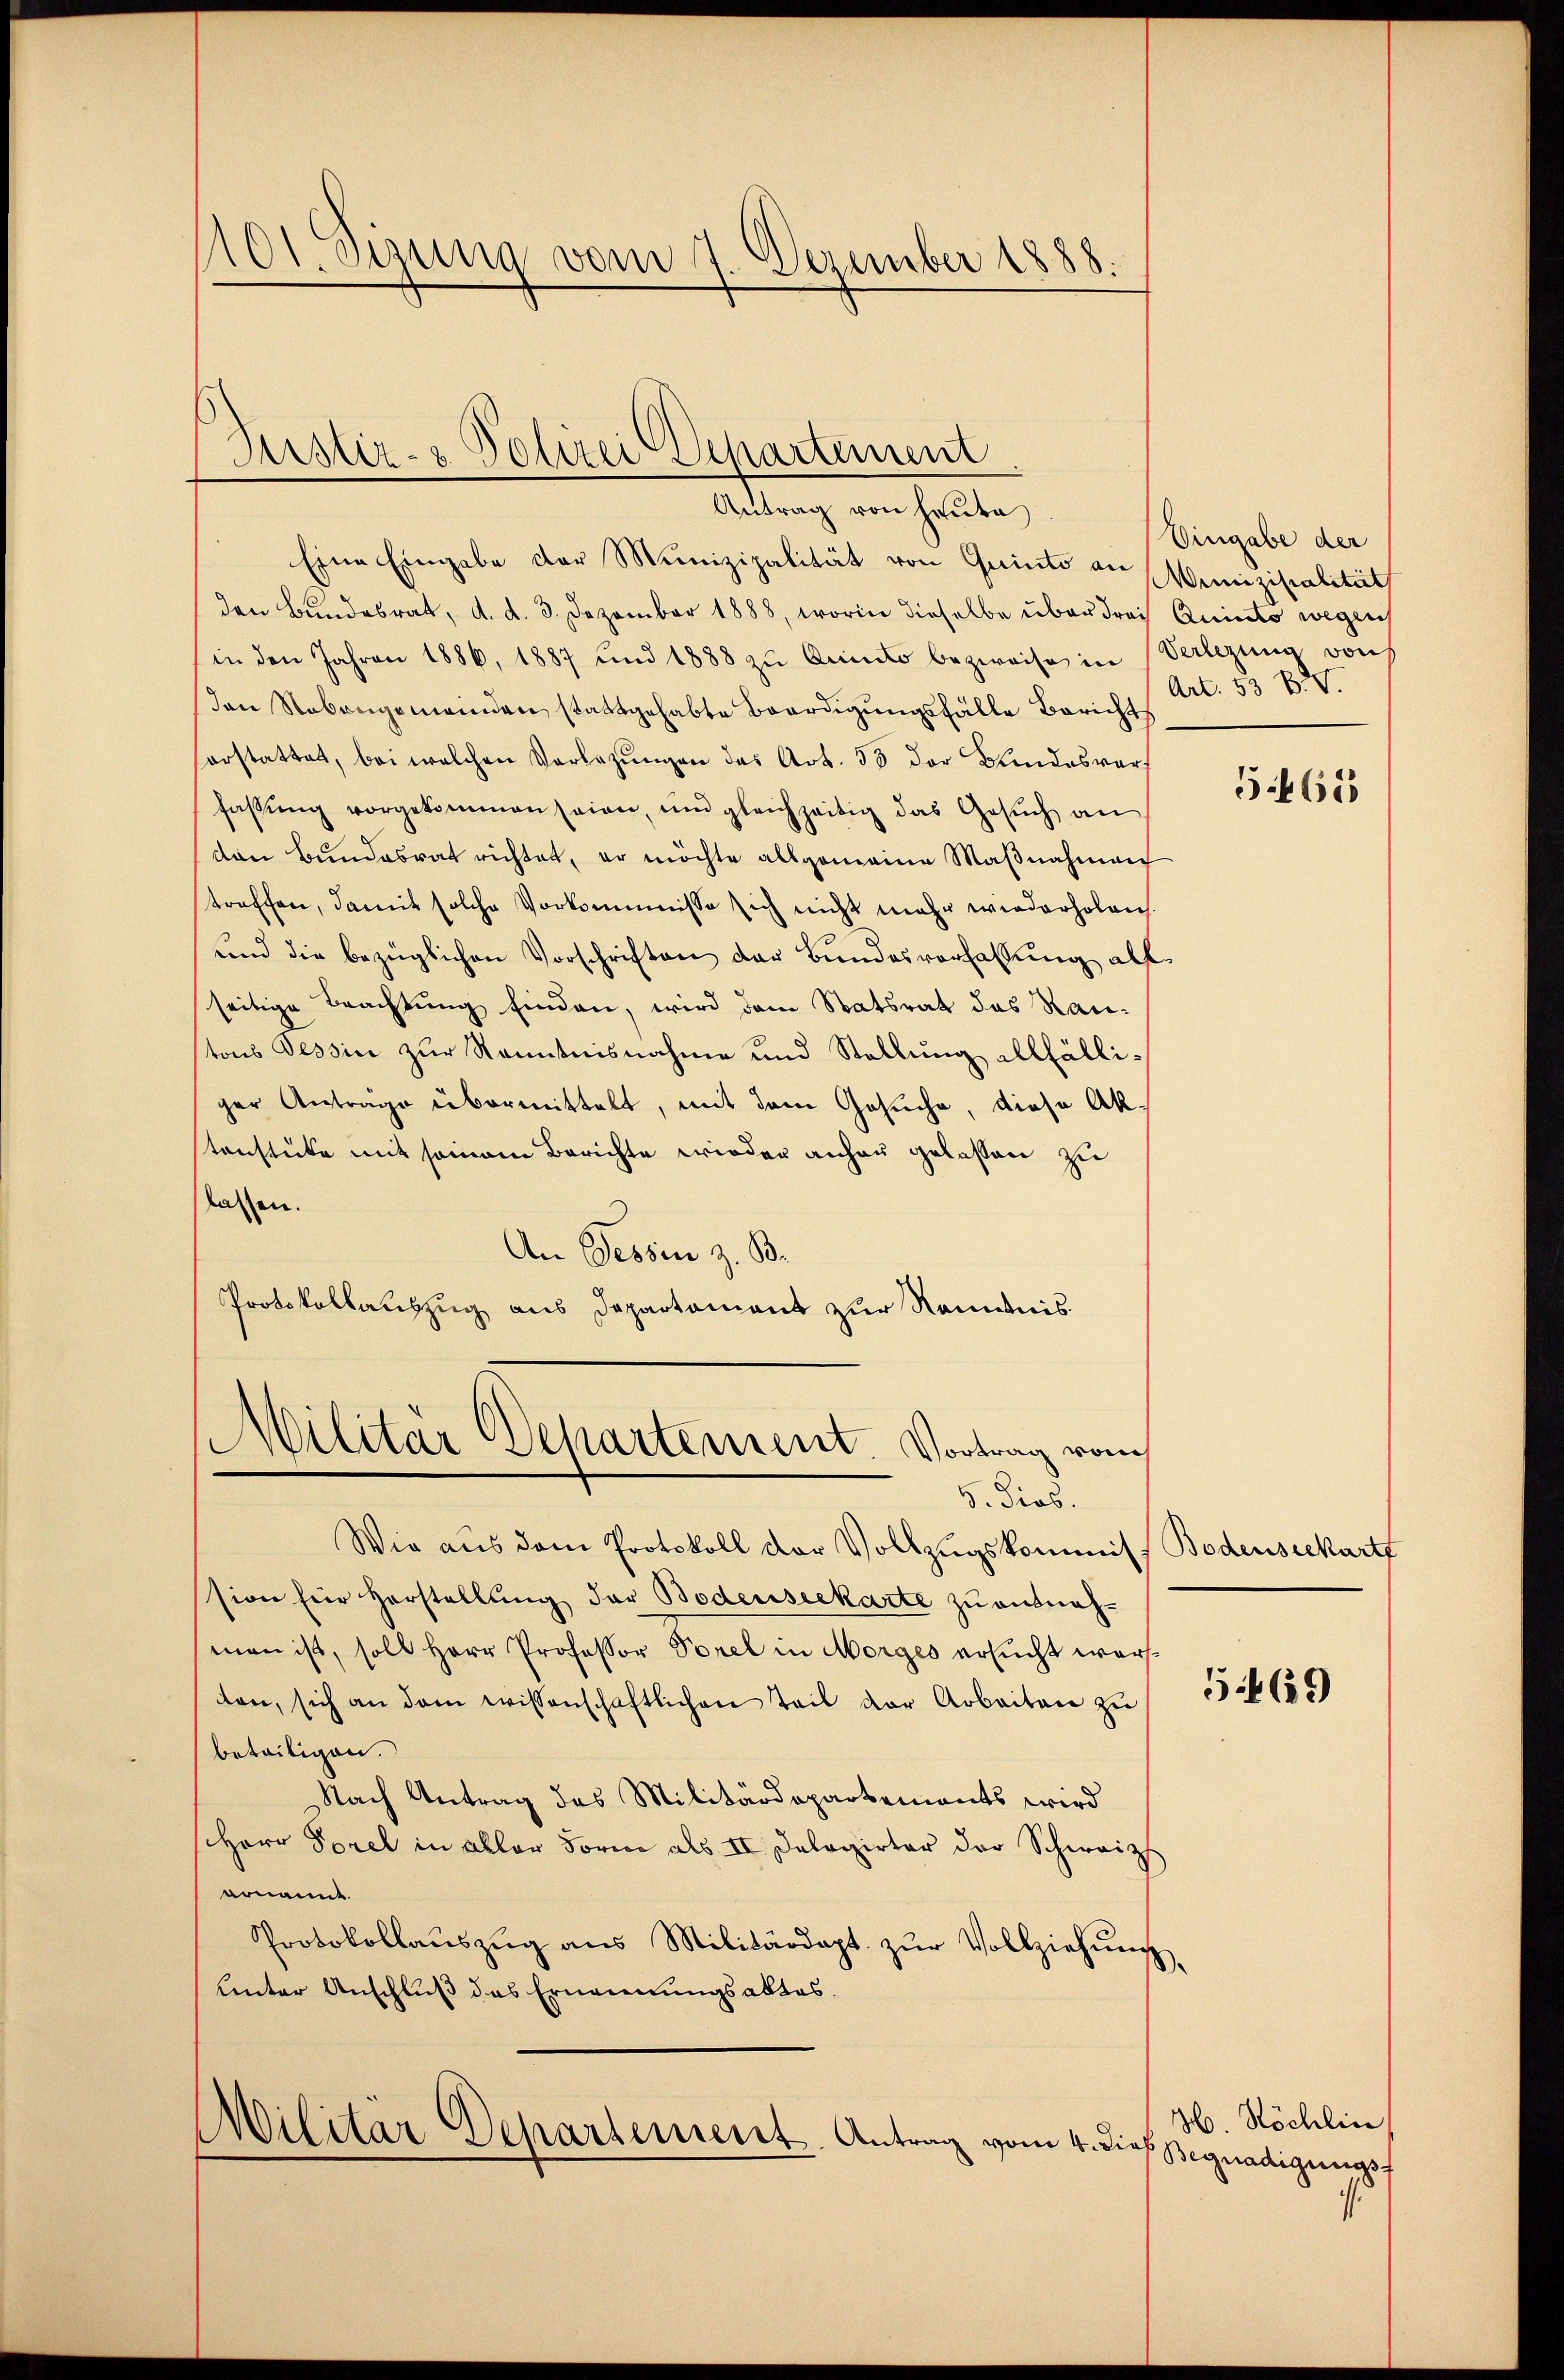
101. Sizung vom 7. Dezember 1888.

Justiz- & Polizei Departement
Antrag von heute

Eine Eingabe der Munizipalität von Quinto an Winiziscalität
den Bundesrat, d. d. 3. Dezember 1888, worin dieselbe über drei Quisto wegen
in den Jahren 1886, 1887 und 1888 zŭ Quisto bezweife in Verlegung von
Den Nebengemeinden stattgehabte Beerdigungsfälle Berichts
orstattet, bei welchen Vorlegŭngen das Art. 53 der Bundesver
fassŭng vorgekommen seien, ŭm gleichzeitig das Gesŭch an
den Bŭndesrat richtet, er möchte allgemeine Maβnahmen
treffen, damit solche Vorkommnisse sich nicht mehr wiederholen.
und die bezüglichen Vorschriften der Bundesverfassung all
seitige Beachtung finden, wird dem Statsrat das Rautons Tessin zur Kenntnisnahme und Stellung allfälliger Anträge übermittelt, mit dem Gesuche, diese Akstenstücke mit seinem Berichte wieder anhau gelassen zu
lassen.
An Tessin z. B.
Protokollauszug aus Departament zur Kenntnis.
Militär Departement. Vortrag vom
9. Dias.
Wie aus dem Protokoll der Vollzugskommiss Bodenseekart
sion für Herstellung der Bodenseekarte zu ausnahman ist, soll Herr Professor Vorel in Morges ersucht werten, sich an dem wissenschaftlichen Teil der Arbeiten zŭ
beteiligen.
Nach Antrag des Militärdepartements wird
Herr Sorel in aller Form als II Delegirter der Schweiz
rnannt
Protokollaŭszŭg ans Militärdept. zŭr Vollziehŭng
unter Anschluß das Ernennungsaktes.

Militär Departement Antrag vom 4. dies Begnadigungsf

Eingabe der
Art. 53 B. V.

565

5469

H. Köchlin